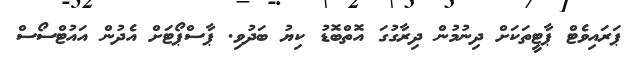
ޕަރައިވެޓް ޕާޓީތަކަށް ދިނުމުން ދިރާގުގަ އޮތްބޮޑު ކިޔު ބަދުވި. ޕާސްޕޯޓަށް އެދުން އައުޓްސޯސް